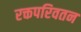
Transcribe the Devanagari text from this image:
रक्तपरिवतन